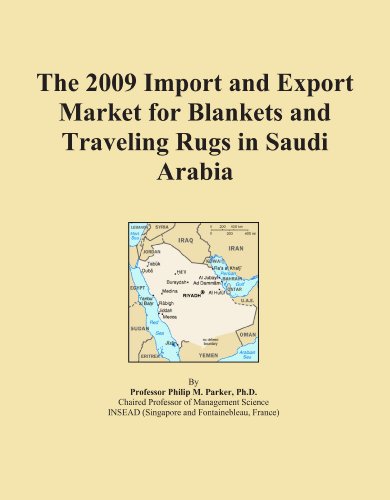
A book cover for The 2009 Import and Export Market for Blankets and Traveling Rugs in Saudi Arabia; Icon Group International; Travel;